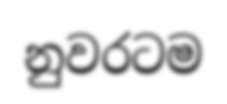
නුවරටම